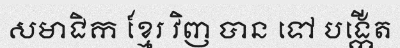
សមាជិក ខ្មែរ វិញ បាន ទៅ បង្កើត